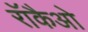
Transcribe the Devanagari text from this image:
रॉकैओ